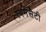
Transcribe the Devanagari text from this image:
स्पमेंसेटी